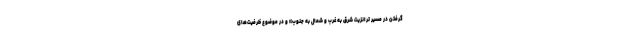
گرفتن در مسیر ترانزیت شرق به غرب و شمال به جنوب» و در موضوع ظرفیت‌های